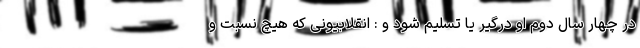
در چهار سال دوم او درگیر یا تسلیم شود و : انقلابیونی که هیچ نسبت و